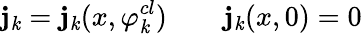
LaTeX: \mathbf{j}_{\mathit{k}}=\mathbf{j}_{\mathit{k}}(x,\varphi_{\mathit{k}}^{cl})\qquad\mathbf{j}_{\mathit{k}}(x,0)=0